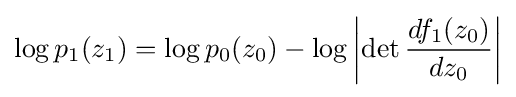
\log p_{1}(z_{1})=\log p_{0}(z_{0})-\log \left|\det {\frac {df_{1}(z_{0})}{dz_{0}}}\right|